Jaan_Tonisson_(Lasteleht), lk 161
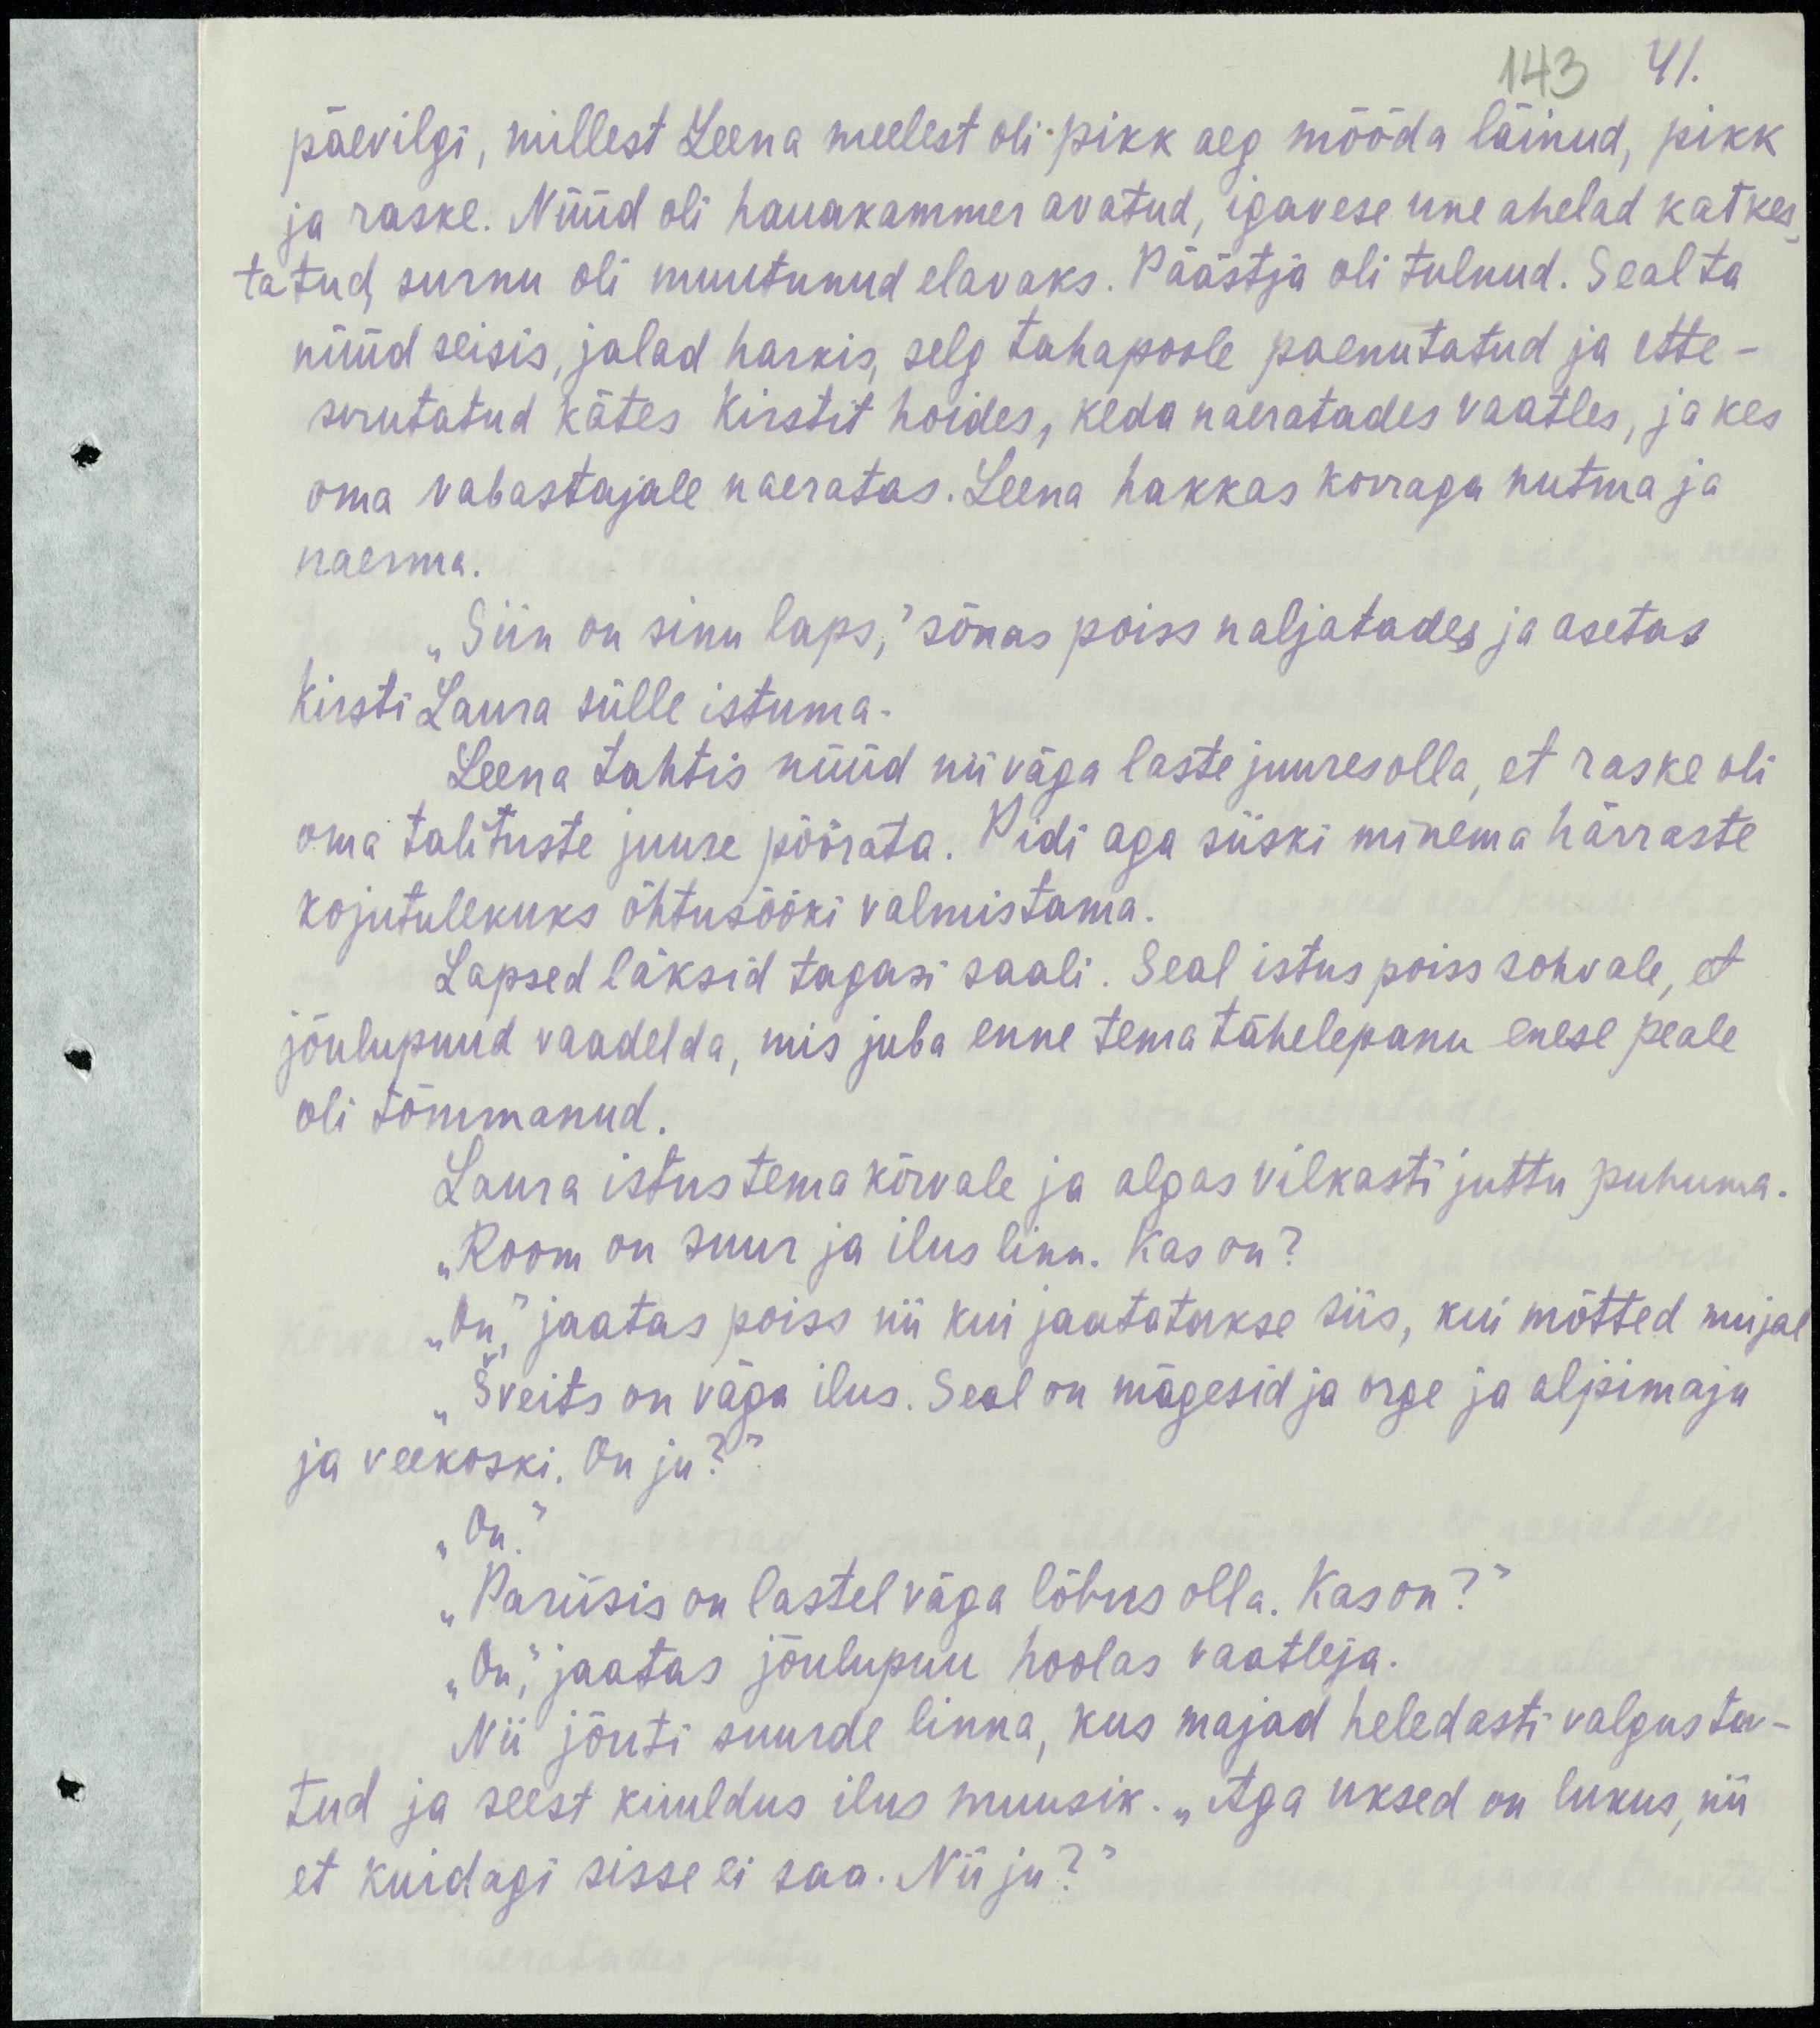
41.
143
päevilgi, millest Leena meelest oli pikk aeg mööda läinud, pikk
ja raske. Nüüd oli hauakammer avatud, igavese une ahelad katkes-
tatud, surnu oli muutunud elavaks. Päästja oli tulnud. Seal ta
nüüd seisis, jalad harkis, selg tahapoole paenutatud ja ette-
sirutatud kätes Kirstit hoides, keda naeratades vaatles, ja kes
oma vabastajale naeratas. Leena hakkas korraga nutma ja
naerma.
„Siin on sinu laps,“ sõnas poiss naljatades ja asetas
Kirsti Laura sülle istuma.
Leena tahtis nüüd nii väga laste juures olla, et raske oli
oma talituste juure pöörata. Pidi aga siiski mineme härraste
kojutulekuks õhtusööki valmistama.
Lapsed läksid tagasi saali. Seal istus poiss sohvale, et
jõulupuud vaadelda, mis juba enne tema tähelepanu enese peale
oli tõmmanud.
Laura istus tema kõrvale ja algas vilkasti juttu puhuma.
„Room on suur ja ilus linn. kas on?
„On,“ jaatas poiss nii kui jaatatakse siis, kui mõtted mujal
„Šveits on väga ilus. Seal on mägesid ja orge ja alpimaju
ja veekoski. On ju?“
„On.“
„Pariisis on lastel väga lõbus olla. Kas on?“
„On,“ jaatas jõulupuu hoolas vaatleja.
Nii jõuti suurde linna, kus majad heledasti valgusta-
tud ja seest kuuldus ilus muusik. „Aga uksed on lukus, nii
et kuidagi sisse ei saa. Nii ju?“